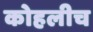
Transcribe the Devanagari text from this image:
कोहलीच